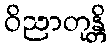
ဝိညာတုန္တိ